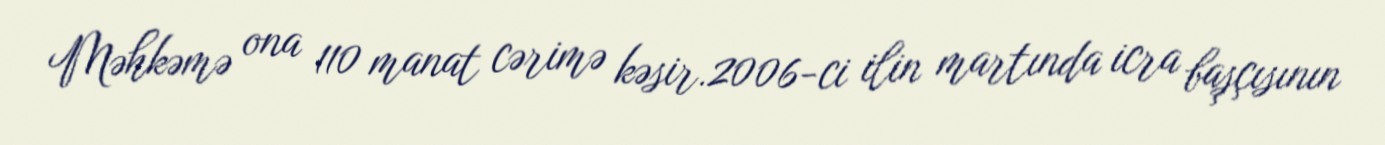
Məhkəmə ona 110 manat cərimə kəsir.2006-ci ilin martında icra başçısının